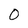
Character: 0